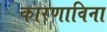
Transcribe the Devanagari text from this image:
कारणाविना